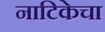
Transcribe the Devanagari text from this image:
नाटिकेचा